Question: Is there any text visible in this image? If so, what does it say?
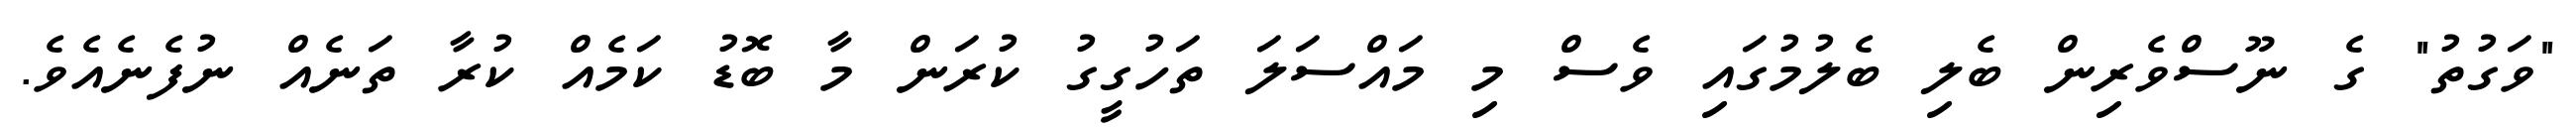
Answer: "ވަގުތު" ގެ ނޫސްވެރިން ބެލި ބެލުމުގައި ވެސް މި މައްސަލަ ތަހުގީގު ކުރަން މާ ބޮޑު ކަމެއް ކުރާ ތަނެއް ނުފެނެއެވެ.